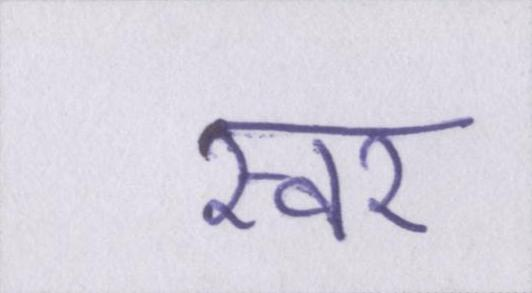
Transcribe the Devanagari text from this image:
स्वर